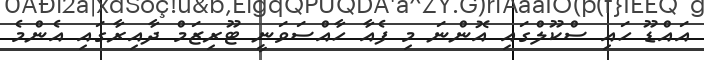
އައްޑޫ ހައި ސްކޫލްގައި އޮންނަ މި ފެއާ ހާއްސަވަނީ ޓޫރިޒަމް ދާއިރާގައި އެންމެ